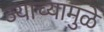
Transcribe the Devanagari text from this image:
ज्याच्यामुळे